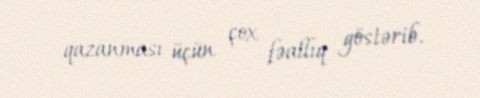
qazanması üçün çox fəallıq göstərib.